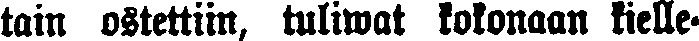
tain ostettiin, tuliwat kokonaan kielle-